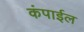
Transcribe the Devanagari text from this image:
कंपाईल